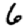
Digit: 6